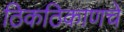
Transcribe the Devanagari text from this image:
ठिकठिकाणचे